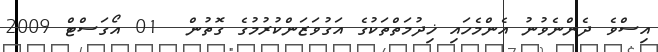
އިސްވެ ދެންނެވުނު އެންމެހައި ޚިދުމަތްތަކުގެ އަގުވަޒަންކުރުމުގެ ގޮތުން  01 އޯގަސްޓް 2009